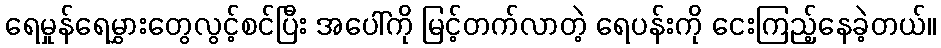
ရေမှုန်ရေမွှားတွေလွင့်စင်ပြီး အပေါ်ကို မြင့်တက်လာတဲ့ ရေပန်းကို ငေးကြည့်နေခဲ့တယ်။